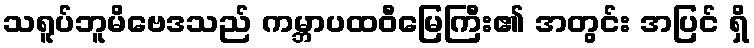
သရူပ်ဘူမိဗေဒသည် ကမ္ဘာပထဝီမြေကြီး၏ အတွင်း အပြင် ရှိ